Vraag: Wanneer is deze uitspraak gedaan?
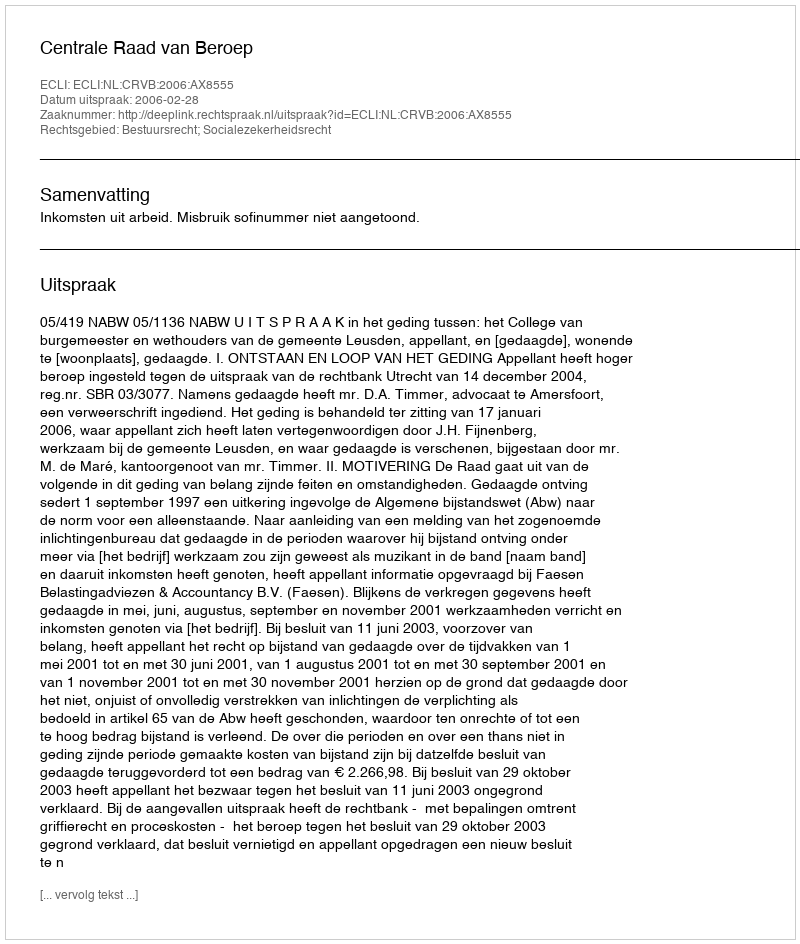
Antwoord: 2006-02-28